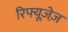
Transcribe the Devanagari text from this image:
रिफ्यूज़ेज़